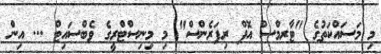
މި މަސައްކަތުގެ "ޓާރމްސް އޮފް ރިފަރެންސް" މި މިނިސްޓްރީގެ ވެބްސައިޓް ... އިން